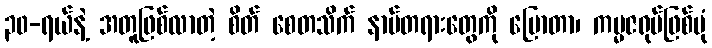
၃၀-ရယ်နဲ့ အတူဖြစ်လာတဲ့ စိတ် စေတသိက် နာမ်တရားတွေကို ပြောတာ၊ ကမ္မဇရုပ်ဖြစ်ပုံ